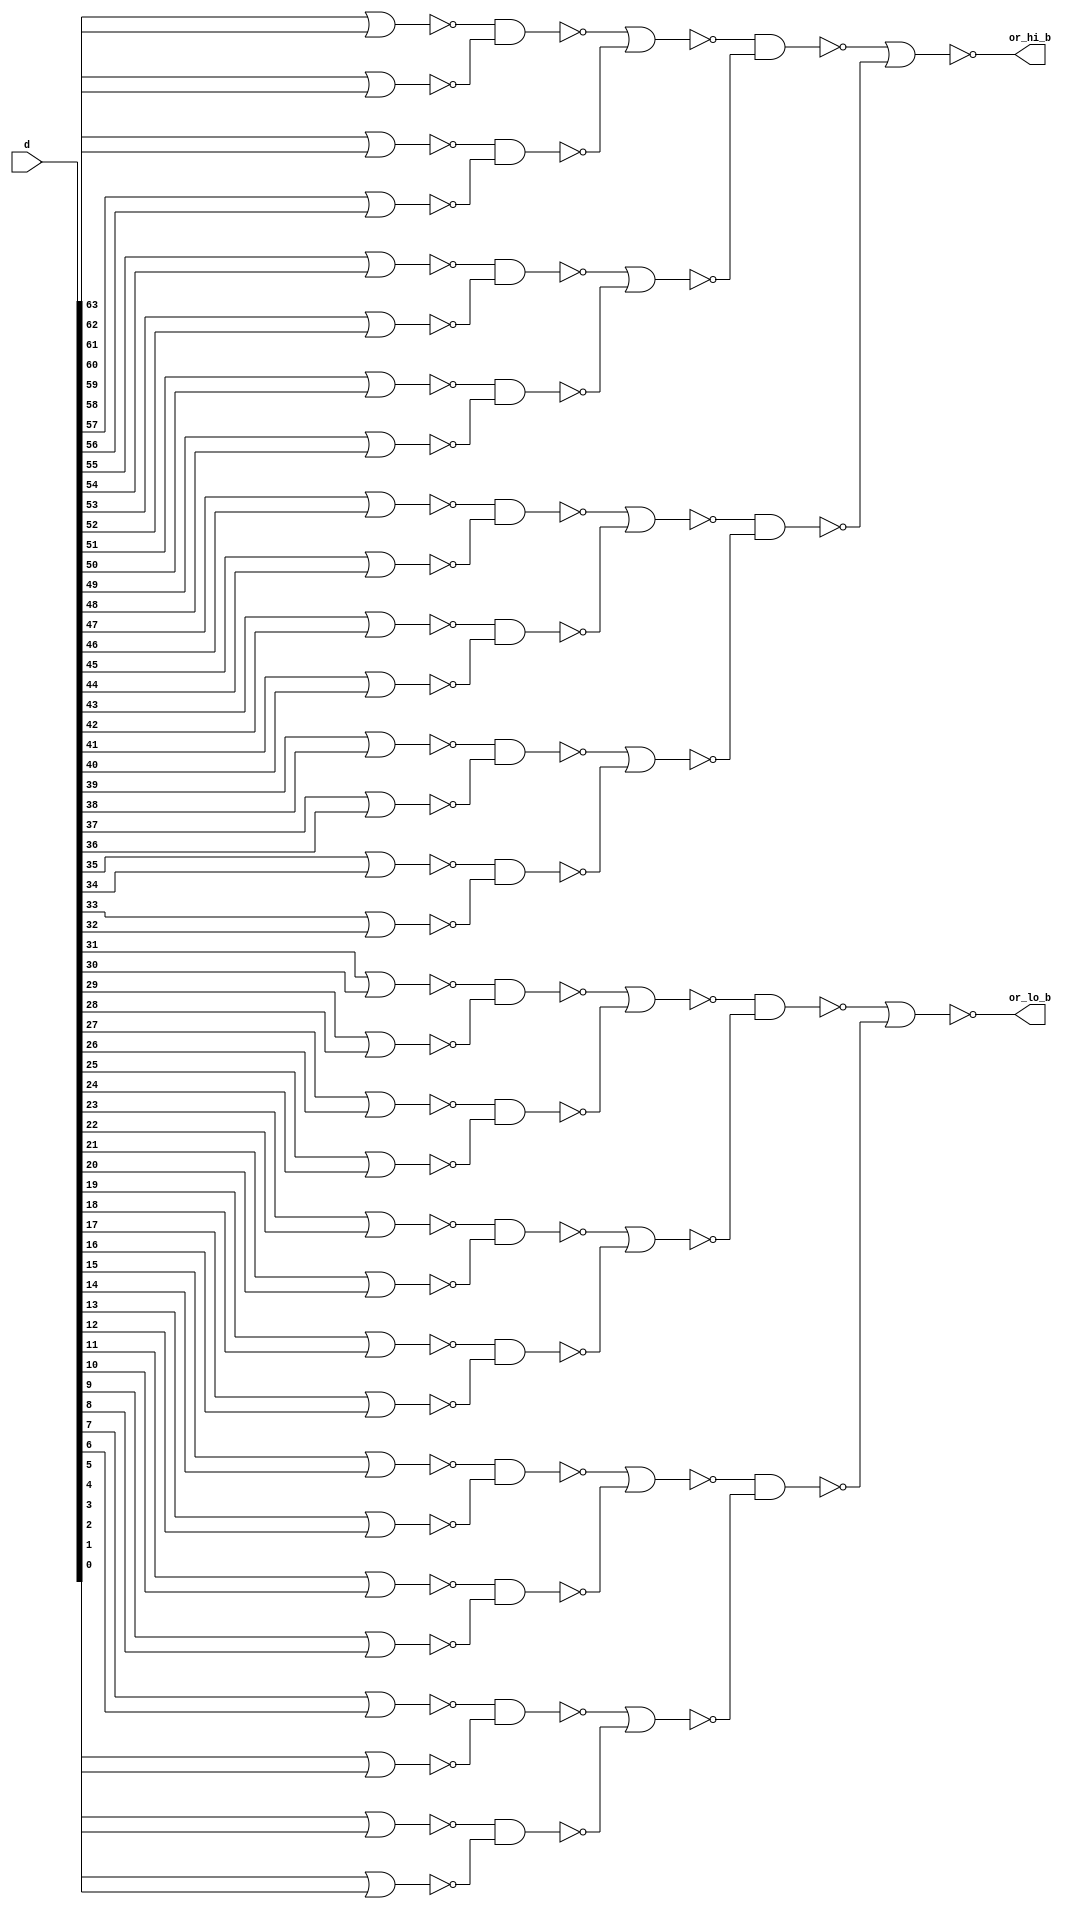
module tri_st_or3232(
   d,
   or_hi_b,
   or_lo_b
);
   input [0:63] d;		//data
   output       or_hi_b;		// upper 32 ORed together
   output       or_lo_b;                // lower 32 ORed together


   wire [0:31]  or_lv1_b;
   wire [0:15]  or_lv2;
   wire [0:7]   or_lv3_b;
   wire [0:3]   or_lv4;
   wire [0:1]   or_lv5_b;

   assign or_lv1_b[0] = (~(d[0] | d[1]));
   assign or_lv1_b[1] = (~(d[2] | d[3]));
   assign or_lv1_b[2] = (~(d[4] | d[5]));
   assign or_lv1_b[3] = (~(d[6] | d[7]));
   assign or_lv1_b[4] = (~(d[8] | d[9]));
   assign or_lv1_b[5] = (~(d[10] | d[11]));
   assign or_lv1_b[6] = (~(d[12] | d[13]));
   assign or_lv1_b[7] = (~(d[14] | d[15]));
   assign or_lv1_b[8] = (~(d[16] | d[17]));
   assign or_lv1_b[9] = (~(d[18] | d[19]));
   assign or_lv1_b[10] = (~(d[20] | d[21]));
   assign or_lv1_b[11] = (~(d[22] | d[23]));
   assign or_lv1_b[12] = (~(d[24] | d[25]));
   assign or_lv1_b[13] = (~(d[26] | d[27]));
   assign or_lv1_b[14] = (~(d[28] | d[29]));
   assign or_lv1_b[15] = (~(d[30] | d[31]));
   assign or_lv1_b[16] = (~(d[32] | d[33]));
   assign or_lv1_b[17] = (~(d[34] | d[35]));
   assign or_lv1_b[18] = (~(d[36] | d[37]));
   assign or_lv1_b[19] = (~(d[38] | d[39]));
   assign or_lv1_b[20] = (~(d[40] | d[41]));
   assign or_lv1_b[21] = (~(d[42] | d[43]));
   assign or_lv1_b[22] = (~(d[44] | d[45]));
   assign or_lv1_b[23] = (~(d[46] | d[47]));
   assign or_lv1_b[24] = (~(d[48] | d[49]));
   assign or_lv1_b[25] = (~(d[50] | d[51]));
   assign or_lv1_b[26] = (~(d[52] | d[53]));
   assign or_lv1_b[27] = (~(d[54] | d[55]));
   assign or_lv1_b[28] = (~(d[56] | d[57]));
   assign or_lv1_b[29] = (~(d[58] | d[59]));
   assign or_lv1_b[30] = (~(d[60] | d[61]));
   assign or_lv1_b[31] = (~(d[62] | d[63]));

   assign or_lv2[0] = (~(or_lv1_b[0] & or_lv1_b[1]));
   assign or_lv2[1] = (~(or_lv1_b[2] & or_lv1_b[3]));
   assign or_lv2[2] = (~(or_lv1_b[4] & or_lv1_b[5]));
   assign or_lv2[3] = (~(or_lv1_b[6] & or_lv1_b[7]));
   assign or_lv2[4] = (~(or_lv1_b[8] & or_lv1_b[9]));
   assign or_lv2[5] = (~(or_lv1_b[10] & or_lv1_b[11]));
   assign or_lv2[6] = (~(or_lv1_b[12] & or_lv1_b[13]));
   assign or_lv2[7] = (~(or_lv1_b[14] & or_lv1_b[15]));
   assign or_lv2[8] = (~(or_lv1_b[16] & or_lv1_b[17]));
   assign or_lv2[9] = (~(or_lv1_b[18] & or_lv1_b[19]));
   assign or_lv2[10] = (~(or_lv1_b[20] & or_lv1_b[21]));
   assign or_lv2[11] = (~(or_lv1_b[22] & or_lv1_b[23]));
   assign or_lv2[12] = (~(or_lv1_b[24] & or_lv1_b[25]));
   assign or_lv2[13] = (~(or_lv1_b[26] & or_lv1_b[27]));
   assign or_lv2[14] = (~(or_lv1_b[28] & or_lv1_b[29]));
   assign or_lv2[15] = (~(or_lv1_b[30] & or_lv1_b[31]));

   assign or_lv3_b[0] = (~(or_lv2[0] | or_lv2[1]));
   assign or_lv3_b[1] = (~(or_lv2[2] | or_lv2[3]));
   assign or_lv3_b[2] = (~(or_lv2[4] | or_lv2[5]));
   assign or_lv3_b[3] = (~(or_lv2[6] | or_lv2[7]));
   assign or_lv3_b[4] = (~(or_lv2[8] | or_lv2[9]));
   assign or_lv3_b[5] = (~(or_lv2[10] | or_lv2[11]));
   assign or_lv3_b[6] = (~(or_lv2[12] | or_lv2[13]));
   assign or_lv3_b[7] = (~(or_lv2[14] | or_lv2[15]));

   assign or_lv4[0] = (~(or_lv3_b[0] & or_lv3_b[1]));
   assign or_lv4[1] = (~(or_lv3_b[2] & or_lv3_b[3]));
   assign or_lv4[2] = (~(or_lv3_b[4] & or_lv3_b[5]));
   assign or_lv4[3] = (~(or_lv3_b[6] & or_lv3_b[7]));

   assign or_lv5_b[0] = (~(or_lv4[0] | or_lv4[1]));
   assign or_lv5_b[1] = (~(or_lv4[2] | or_lv4[3]));

   assign or_hi_b = or_lv5_b[0];		// rename --output--
   assign or_lo_b = or_lv5_b[1];		// rename --output--

endmodule